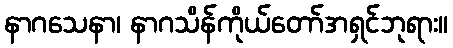
နာဂသေနာ၊ နာဂသိန်ကိုယ်တော်အရှင်ဘုရား။